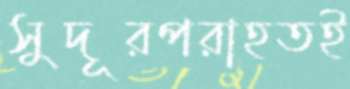
সুদূরপরাহতই